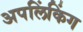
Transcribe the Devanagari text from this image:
अपलिंकिंग